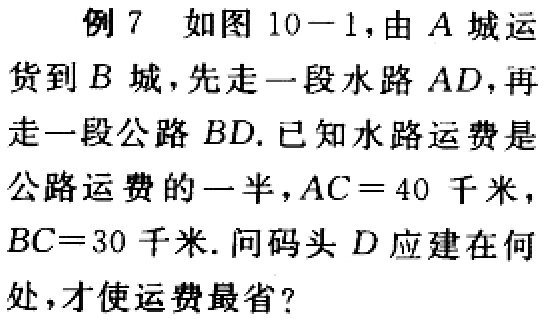
例 7 如图 10 - 1，由 \(A\) 城运货到 \(B\) 城，先走一段水路 \(AD\)，再走一段公路 \(BD\). 已知水路运费是公路运费的一半，\(AC = 40\) 千米，\(BC = 30\) 千米. 问码头 \(D\) 应建在何处，才使运费最省？